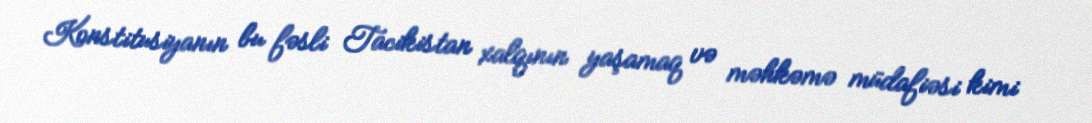
Konstitusiyanın bu fəsli Tacikistan xalqının yaşamaq və məhkəmə müdafiəsi kimi